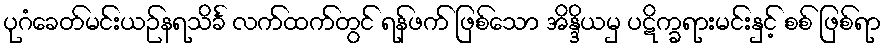
ပုဂံခေတ်မင်းယဉ်နရသိင်္ခ လက်ထက်တွင် ရန်ဖက် ဖြစ်သော အိန္ဒိယမှ ပဋိက္ခရားမင်းနှင့် စစ် ဖြစ်ရာ